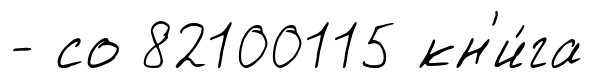
- со 82100115 кн'и́га